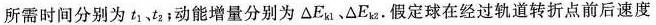
所需时间分别为t_{1}、t_{2}；动能增量分别为\DeltaE_{k1}﹑\DeltaE_{k2}.假定球在经过轨道转折点前后速度